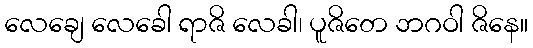
လေချေ လေခေါ ရာဇိ လေခါ၊ ပူဇိတေ ဘဂဝါ ဇိနေ။